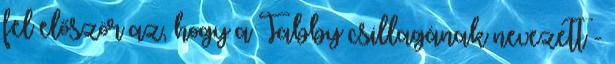
fel először az, hogy a Tabby csillagának nevezett -